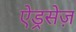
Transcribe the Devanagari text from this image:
ऐड्रसेज़